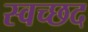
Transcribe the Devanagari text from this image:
स्वच्छद